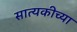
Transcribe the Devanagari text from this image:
सात्यकीच्या